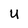
Character: U